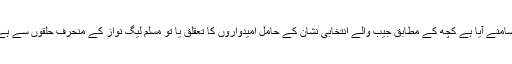
شہریوں کی جانب سے بھی ملا جلا ردعمل سامنے آیا ہے کچھ کے مطابق جیب والے انتخابی نشان کے حامل امیدواروں کا تعقلق یا تو مسلم لیگ نواز کے منحرف حلقوں سے ہے یا انھیں اسٹیبلشمنٹ کی سپورٹ حاصل ہے۔